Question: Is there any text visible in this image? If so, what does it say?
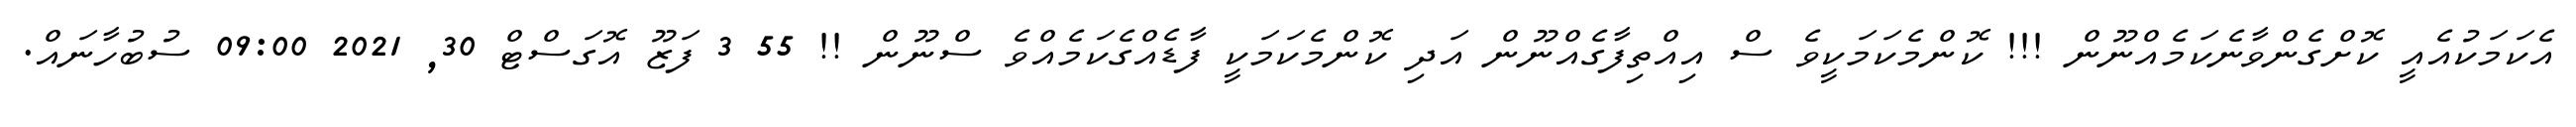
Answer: އެކަމަކުއެއީ ކޮށްގެންވާނެކަމެއްނޫން !!! ކޮންމެކަމަކީވެ ސް އިއްތިފާގެއްނޫން އަދި ކޮންމެކަމަކީ ފާޑެއްގެކަމެއްވެ ސްނޫން !! 55 3 ފަޒޫ އޮގަސްޓް 30, 2021 09:00 ސުބުހާނައް.